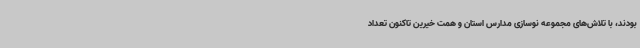
بودند، با تلاش‌های مجموعه نوسازی مدارس استان و همت خیرین تاکنون تعداد